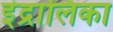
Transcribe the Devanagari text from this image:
इंद्रालिका